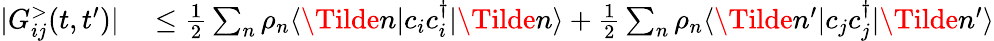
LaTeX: \begin{array}{rl}{|G_{ij}^{>}(t,t^{\prime})|}&{{}\leq\frac{1}{2}\sum_{n}\rho_{n}\langle\Tilde{n}|c_{i}c_{i}^{\dagger}|\Tilde{n}\rangle+\frac{1}{2}\sum_{n}\rho_{n}\langle\Tilde{n}^{\prime}|c_{j}c_{j}^{\dagger}|\Tilde{n}^{\prime}\rangle}\end{array}